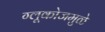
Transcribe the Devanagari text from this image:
ग्लूकोजमुळे